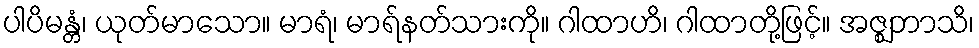
ပါပိမန္တံ၊ ယုတ်မာသော။ မာရံ၊ မာရ်နတ်သားကို။ ဂါထာဟိ၊ ဂါထာတို့ဖြင့်။ အဇ္ဈဘာသိ၊